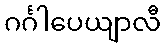
ဂင်္ဂါပေယျာလီ